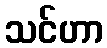
သင်ဟာ